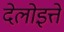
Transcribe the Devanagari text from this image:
देलोइत्ते